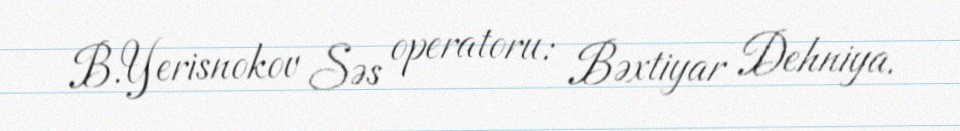
B.Yerisnokov Səs operatoru: Bəxtiyar Dehniya.